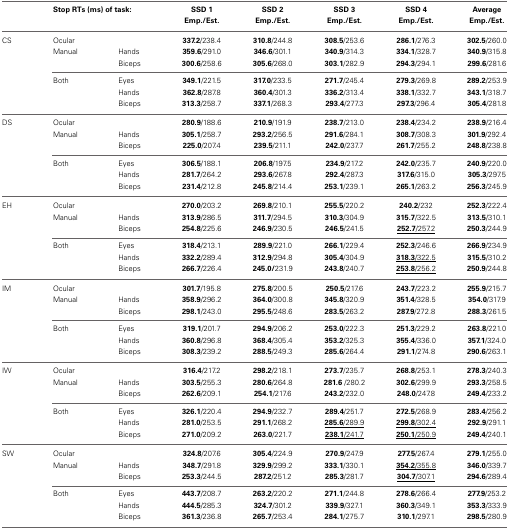
<table><thead><tr><td></td><td colspan="2"><b>Stop RTs (ms) of task:</b></td><td><b>SSD 1</b></td><td><b>SSD 2</b></td><td><b>SSD 3</b></td><td><b>SSD 4</b></td><td><b>Average</b></td></tr><tr><td></td><td></td><td><b>Emp./Est.</b></td><td><b>Emp./Est.</b></td><td><b>Emp./Est.</b></td><td><b>Emp./Est.</b></td><td><b>Emp./Est.</b></td></tr></thead><tbody><tr><td>CS</td><td>Ocular</td><td></td><td><b>337.2</b>/238.4</td><td><b>310.8</b>/244.8</td><td><b>308.5</b>/253.6</td><td><b>286.1</b>/276.3</td><td><b>302.5</b>/260.0</td></tr><tr><td></td><td>Manual</td><td>Hands</td><td><b>359.6</b>/291.0</td><td><b>346.6</b>/301.1</td><td><b>340.9</b>/314.3</td><td><b>334.1</b>/328.7</td><td><b>340.9</b>/315.8</td></tr><tr><td></td><td></td><td>Biceps</td><td><b>300.6</b>/258.6</td><td><b>305.6</b>/268.0</td><td><b>303.1</b>/282.9</td><td><b>294.3</b>/294.1</td><td><b>299.6</b>/281.6</td></tr><tr><td></td><td>Both</td><td>Eyes</td><td><b>349.1</b>/221.5</td><td><b>317.0</b>/233.5</td><td><b>271.7</b>/245.4</td><td><b>279.3</b>/269.8</td><td><b>289.2</b>/253.9</td></tr><tr><td></td><td></td><td>Hands</td><td><b>362.8</b>/287.8</td><td><b>360.4</b>/301.3</td><td><b>336.2</b>/313.4</td><td><b>338.1</b>/332.7</td><td><b>343.1</b>/318.7</td></tr><tr><td></td><td></td><td>Biceps</td><td><b>313.3</b>/258.7</td><td><b>337.1</b>/268.3</td><td><b>293.4</b>/277.3</td><td><b>297.3</b>/296.4</td><td><b>305.4</b>/281.8</td></tr><tr><td>DS</td><td>Ocular</td><td></td><td><b>280.9</b>/188.6</td><td><b>210.9</b>/191.9</td><td><b>238.7</b>/213.0</td><td><b>238.4</b>/234.2</td><td><b>238.9</b>/216.4</td></tr><tr><td></td><td>Manual</td><td>Hands</td><td><b>305.1</b>/258.7</td><td><b>293.2</b>/256.5</td><td><b>291.6</b>/284.1</td><td><b>308.7</b>/308.3</td><td><b>301.9</b>/292.4</td></tr><tr><td></td><td></td><td>Biceps</td><td><b>225.0</b>/207.4</td><td><b>239.5</b>/211.1</td><td><b>242.0</b>/237.7</td><td><b>261.7</b>/255.2</td><td><b>248.8</b>/238.8</td></tr><tr><td></td><td>Both</td><td>Eyes</td><td><b>306.5</b>/188.1</td><td><b>206.8</b>/197.5</td><td><b>234.9</b>/217.2</td><td><b>242.0</b>/235.7</td><td><b>240.9</b>/220.0</td></tr><tr><td></td><td></td><td>Hands</td><td><b>281.7</b>/264.2</td><td><b>293.6</b>/267.8</td><td><b>292.4</b>/287.3</td><td><b>317.6</b>/315.0</td><td><b>305.3</b>/297.5</td></tr><tr><td></td><td></td><td>Biceps</td><td><b>231.4</b>/212.8</td><td><b>245.8</b>/214.4</td><td><b>253.1</b>/239.1</td><td><b>265.1</b>/263.2</td><td><b>256.3</b>/245.9</td></tr><tr><td>EH</td><td>Ocular</td><td></td><td><b>270.0</b>/203.2</td><td><b>269.8</b>/210.1</td><td><b>255.5</b>/220.2</td><td><b>240.2</b>/232</td><td><b>252.3</b>/222.4</td></tr><tr><td></td><td>Manual</td><td>Hands</td><td><b>313.9</b>/286.5</td><td><b>311.7</b>/294.5</td><td><b>310.3</b>/304.9</td><td><b>315.7</b>/322.5</td><td><b>313.5</b>/310.1</td></tr><tr><td></td><td></td><td>Biceps</td><td><b>254.8</b>/225.6</td><td><b>246.9</b>/230.5</td><td><b>246.5</b>/241.5</td><td><b><underline>252.7</underline></b><underline>/257.2</underline></td><td><b>250.3</b>/244.9</td></tr><tr><td></td><td>Both</td><td>Eyes</td><td><b>318.4</b>/213.1</td><td><b>289.9</b>/221.0</td><td><b>266.1</b>/229.4</td><td><b>252.3</b>/246.6</td><td><b>266.9</b>/234.9</td></tr><tr><td></td><td></td><td>Hands</td><td><b>332.2</b>/289.4</td><td><b>312.9</b>/294.8</td><td><b>305.4</b>/304.9</td><td><b><underline>318.3</underline></b><underline>/322.5</underline></td><td><b>315.5</b>/310.2</td></tr><tr><td></td><td></td><td>Biceps</td><td><b>266.7</b>/226.4</td><td><b>245.0/</b>231.9</td><td><b>243.8</b>/240.7</td><td><b><underline>253.8</underline></b><underline>/256.2</underline></td><td><b>250.9</b>/244.8</td></tr><tr><td>IM</td><td>Ocular</td><td></td><td><b>301.7</b>/195.8</td><td><b>275.8</b>/200.5</td><td><b>250.5</b>/217.6</td><td><b>243.7</b>/223.2</td><td><b>255.9</b>/215.7</td></tr><tr><td></td><td>Manual</td><td>Hands</td><td><b>358.9</b>/296.2</td><td><b>364.0</b>/300.8</td><td><b>345.8</b>/320.9</td><td><b>351.4</b>/328.5</td><td><b>354.0</b>/317.9</td></tr><tr><td></td><td></td><td>Biceps</td><td><b>298.1</b>/243.0</td><td><b>295.5</b>/248.6</td><td><b>283.5</b>/263.2</td><td><b>287.9</b>/272.8</td><td><b>288.3</b>/261.5</td></tr><tr><td></td><td>Both</td><td>Eyes</td><td><b>319.1</b>/201.7</td><td><b>294.9</b>/206.2</td><td><b>253.0</b>/222.3</td><td><b>251.3</b>/229.2</td><td><b>263.8</b>/221.0</td></tr><tr><td></td><td></td><td>Hands</td><td><b>360.8</b>/296.8</td><td><b>368.4</b>/305.4</td><td><b>353.2</b>/325.3</td><td><b>355.4</b>/336.0</td><td><b>357.1</b>/324.0</td></tr><tr><td></td><td></td><td>Biceps</td><td><b>308.3</b>/239.2</td><td><b>288.5</b>/249.3</td><td><b>285.6</b>/264.4</td><td><b>291.1</b>/274.8</td><td><b>290.6</b>/263.1</td></tr><tr><td>IW</td><td>Ocular</td><td></td><td><b>316.4</b>/217.2</td><td><b>298.2</b>/218.1</td><td><b>273.7</b>/235.7</td><td><b>268.8</b>/253.1</td><td><b>278.3</b>/240.3</td></tr><tr><td></td><td>Manual</td><td>Hands</td><td><b>303.5</b>/255.3</td><td><b>280.6</b>/264.8</td><td><b>281.6</b> /280.2</td><td><b>302.6</b>/299.9</td><td><b>293.3</b>/258.5</td></tr><tr><td></td><td></td><td>Biceps</td><td><b>262.6</b>/209.1</td><td><b>254.1</b>/217.6</td><td><b>243.2</b>/232.0</td><td><b>248.0</b>/247.8</td><td><b>249.4</b>/233.2</td></tr><tr><td></td><td>Both</td><td>Eyes</td><td><b>326.1</b>/220.4</td><td><b>294.9</b>/232.7</td><td><b>289.4</b>/251.7</td><td><b>272.5</b>/268.9</td><td><b>283.4</b>/256.2</td></tr><tr><td></td><td></td><td>Hands</td><td><b>281.0</b>/253.5</td><td><b>291.1</b>/268.2</td><td><b><underline>285.6</underline></b><underline>/289.9</underline></td><td><b><underline>299.8</underline></b><underline>/302.4</underline></td><td><b>292.9</b>/291.1</td></tr><tr><td></td><td></td><td>Biceps</td><td><b>271.0</b>/209.2</td><td><b>263.0</b>/221.7</td><td><b><underline>238.1</underline></b><underline>/241.7</underline></td><td><b><underline>250.1</underline></b><underline>/250.9</underline></td><td><b>249.4</b>/240.1</td></tr><tr><td>SW</td><td>Ocular</td><td></td><td><b>324.8</b>/207.6</td><td><b>305.4</b>/224.9</td><td><b>270.9</b>/247.9</td><td><b>277.5</b>/267.4</td><td><b>279.1</b>/255.0</td></tr><tr><td></td><td>Manual</td><td>Hands</td><td><b>348.7</b>/291.8</td><td><b>329.9</b>/299.2</td><td><b>333.1</b>/330.1</td><td><b><underline>354.2</underline></b><underline>/355.8</underline></td><td><b>346.0</b>/339.7</td></tr><tr><td></td><td></td><td>Biceps</td><td><b>253.3</b>/244.5</td><td><b>287.2</b>/251.2</td><td><b>285.3</b>/281.7</td><td><b><underline>304.7</underline></b><underline>/307.1</underline></td><td><b>294.6</b>/289.4</td></tr><tr><td></td><td>Both</td><td>Eyes</td><td><b>443.7</b>/208.7</td><td><b>263.2</b>/220.2</td><td><b>271.1</b>/244.8</td><td><b>278.6</b>/266.4</td><td><b>277.9</b>/253.2</td></tr><tr><td></td><td></td><td>Hands</td><td><b>444.5</b>/285.3</td><td><b>324.7</b>/301.2</td><td><b>339.9</b>/327.1</td><td><b>360.3</b>/349.1</td><td><b>353.3</b>/333.9</td></tr><tr><td></td><td></td><td>Biceps</td><td><b>361.3</b>/236.8</td><td><b>265.7</b>/253.4</td><td><b>284.1</b>/275.7</td><td><b>310.1</b>/297.1</td><td><b>298.5</b>/280.9</td></tr></tbody></table>